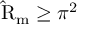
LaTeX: \mathrm { \hat { R } } _ { \mathrm { m } } \geq \pi ^ { 2 }